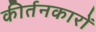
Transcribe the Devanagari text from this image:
कीर्तनकारों